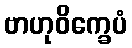
ဗာဟုဝိက္ခေပံ